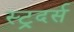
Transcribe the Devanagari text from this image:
स्ट्रदर्स